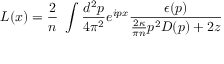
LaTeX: L ( x ) = \frac { 2 } { n } ~ \int \frac { d ^ { 2 } p } { 4 \pi ^ { 2 } } e ^ { i p x } \frac { \epsilon ( p ) } { \frac { 2 \kappa } { \pi n } p ^ { 2 } D ( p ) + 2 z }